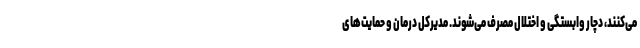
می‌کنند، دچار وابستگی و اختلال مصرف می‌شوند. مدیرکل درمان و حمایت‌های